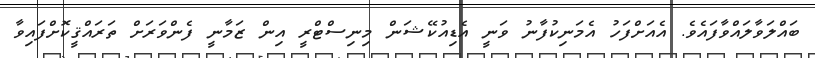
ބައްލަވާލައްވާފައެވެ. އެއަށްފަހު އެމަނިކުފާނު ވަނީ އެޑިއުކޭޝަން މިނިސްޓްރީ އިން ޒަމާނީ ފެންވަރަށް ތަރައްޤީކޮށްފައިވާ